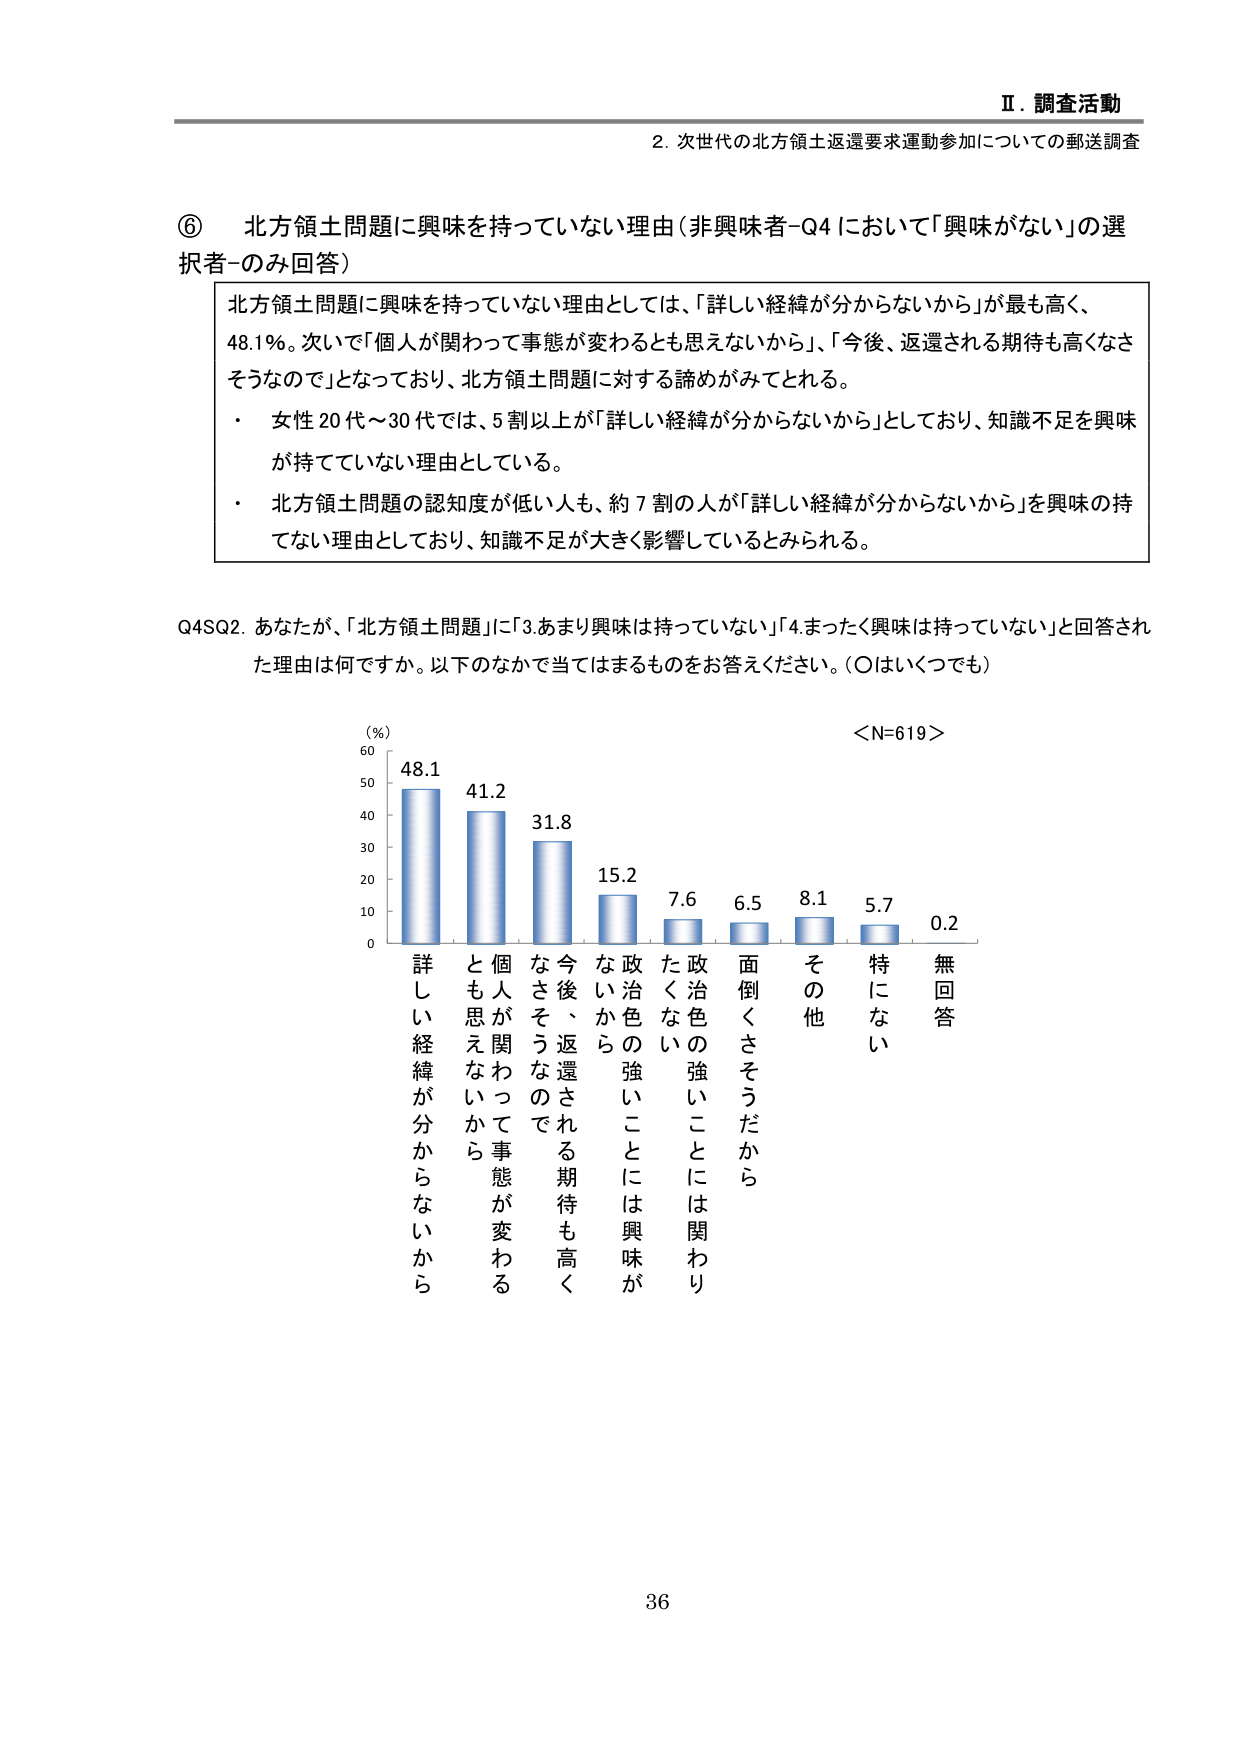
Ⅱ．調査活動
2．次世代の北方領土返還要求運動参加についての郵送調査

⑥ 北方領土問題に興味を持っていない理由（非興味者-Q4 において「興味がない」の選択者-のみ回答）

北方領土問題に興味を持っていない理由としては、「詳しい経緯が分からないから」が最も高く、48.1%。次いで「個人が関わって事態が変わるとも思えないから」、「今後、返還される期待も高くならないので」となっており、北方領土問題に対する諦めがみとれる。
・ 女性20代～30代では、5割以上が「詳しい経緯が分からないから」としており、知識不足を興味が持っていない理由としている。
・ 北方領土問題の認知度が低い人も、約7割の人が「詳しい経緯が分からないから」を興味の持てない理由としており、知識不足が大きく影響しているとみられる。

Q4SQ2．あなたが、「北方領土問題」に「3.あまり興味は持っていない」「4.まったく興味は持っていない」と回答された理由は何ですか。以下のなかで当てはまるものをお答えください。（○はいくつでも）

＜N=619＞
（%）
60
50
40
30
20
10
0

詳しい経緯が分からないから 48.1
とも思えないから 個人が関わって事態が変わる 41.2
なさそうなので 今後、返還される期待も高く 31.8
なから 政治色の強いことには興味が 15.2
た くない 政治色の強いことには関わり 7.6
面倒くさそうだから 6.5
その他 8.1
特にない 5.7
無回答 0.2

36